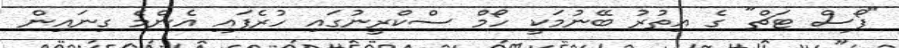
"ފޯސް ޓަޗް" ގެ އިތުރު ބޭނުމަކީ ހޯމް ސްކްރީނުގައި ހުރެފައި އެންމެ ގިނައިން